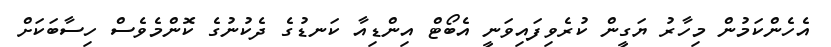
އެހެންކަމުން މިހާރު ޔަގީން ކުރެވިފައިވަނީ އެބޯޓް އިންޑިއާ ކަނޑުގެ ދެކުނުގެ ކޮންމެވެސް ހިސާބަކަށް